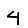
Digit: 4